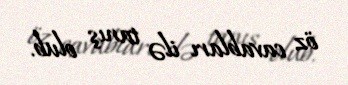
öz cavabları ilə tanış olub.